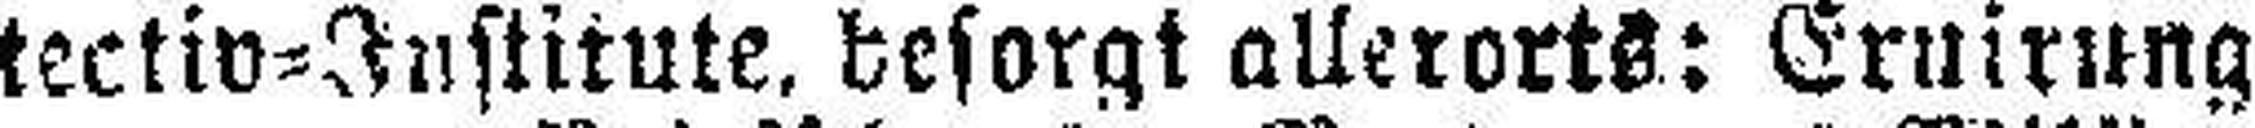
tectiv=Institute, besorgt allerorts: Ernirung